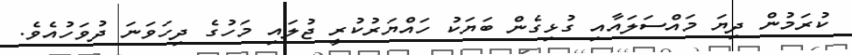
ކުރަމުން ދިޔަ މައްސަލައާއި ގުޅިގެން ބަޔަކު ހައްޔަރުކުރީ ޖުލައި މަހުގެ ދިހަވަނަ ދުވަހުއެވެ.